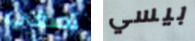
تصغي بيسي